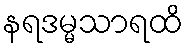
နရဒမ္မသာရထိ